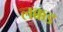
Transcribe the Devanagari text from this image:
लक्कड